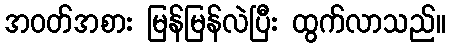
အဝတ်အစား မြန်မြန်လဲပြီး ထွက်လာသည်။